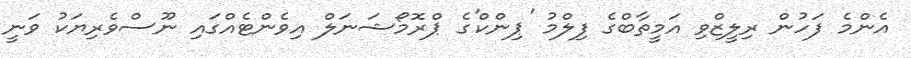
އެންމެ ފަހުން ރިލީޒްވި އަމީތާބްގެ ފިލްމު 'ޕިންކް'ގެ ޕްރޮމޯޝަނަލް އިވެންޓެއްގައި ނޫސްވެރިޔަކު ވަނީ